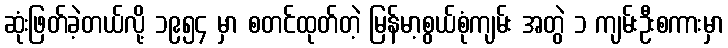
ဆုံးဖြတ်ခဲ့တယ်လို့ ၁၉၅၄ မှာ စတင်ထုတ်တဲ့ မြန်မာ့စွယ်စုံကျမ်း အတွဲ ၁ ကျမ်းဦးစကားမှာ